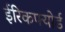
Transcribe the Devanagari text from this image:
ईरिकफ्योर्ड